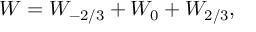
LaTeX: { \cal W } = { \cal W } _ { - { 2 / 3 } } + { \cal W } _ { 0 } + { \cal W } _ { 2 / 3 } ,